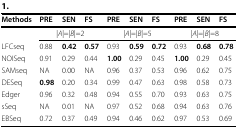
<table><thead><tr><td><b>Methods</b></td><td><b>PRE</b></td><td><b>SEN</b></td><td><b>FS</b></td><td><b>PRE</b></td><td><b>SEN</b></td><td><b>FS</b></td><td><b>PRE</b></td><td><b>SEN</b></td><td><b>FS</b></td></tr></thead><tbody><tr><td></td><td colspan="3">|<i>A</i>|=|<i>B</i>|=2</td><td colspan="3">|<i>A</i>|=|<i>B</i>|=5</td><td colspan="3">|<i>A</i>|=|<i>B</i>|=8</td></tr><tr><td>LFCseq</td><td>0.88</td><td><b>0.42</b></td><td><b>0.57</b></td><td>0.93</td><td><b>0.59</b></td><td><b>0.72</b></td><td>0.93</td><td><b>0.68</b></td><td><b>0.78</b></td></tr><tr><td>NOISeq</td><td>0.91</td><td>0.29</td><td>0.44</td><td><b>1.00</b></td><td>0.29</td><td>0.45</td><td><b>1.00</b></td><td>0.29</td><td>0.45</td></tr><tr><td>SAMseq</td><td>NA</td><td>0.00</td><td>NA</td><td>0.96</td><td>0.37</td><td>0.53</td><td>0.96</td><td>0.62</td><td>0.75</td></tr><tr><td>DESeq</td><td><b>0.98</b></td><td>0.20</td><td>0.34</td><td>0.99</td><td>0.47</td><td>0.63</td><td>0.98</td><td>0.58</td><td>0.73</td></tr><tr><td>Edger</td><td>0.96</td><td>0.32</td><td>0.48</td><td>0.94</td><td>0.55</td><td>0.70</td><td>0.93</td><td>0.63</td><td>0.75</td></tr><tr><td>sSeq</td><td>NA</td><td>0.01</td><td>NA</td><td>0.97</td><td>0.52</td><td>0.68</td><td>0.94</td><td>0.63</td><td>0.76</td></tr><tr><td>EBSeq</td><td>0.72</td><td>0.37</td><td>0.49</td><td>0.94</td><td>0.46</td><td>0.62</td><td>0.97</td><td>0.53</td><td>0.69</td></tr></tbody></table>